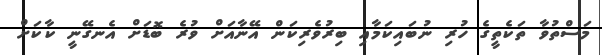
މަސްތުވާ ތަކެތީގެ ހުރި ނުބައިކަމާއި ބިރުވެރިކަން އޭނާއަށް ވުރެ ބޮޑަށް އެނގޭނީ ކާކަށް